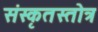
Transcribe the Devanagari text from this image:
संस्कृतस्तोत्र